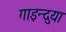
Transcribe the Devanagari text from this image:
गाइन्दुया